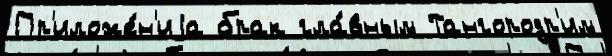
Пр'иложе́н'иjа брак гла́вным Тангородр'им